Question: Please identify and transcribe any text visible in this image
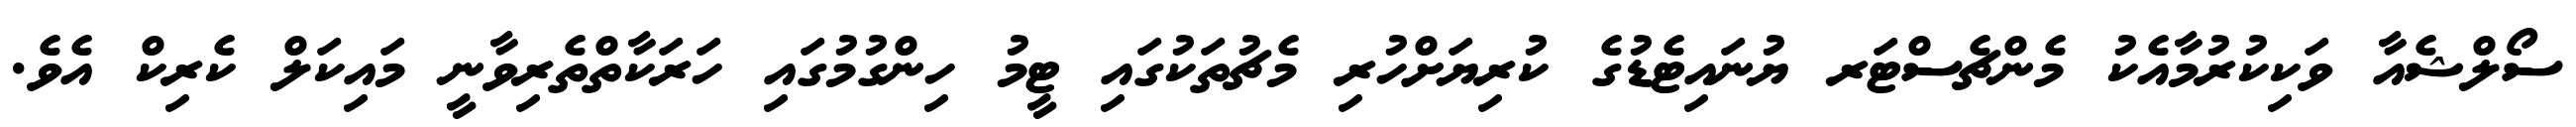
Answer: ސޯލްޝެއާ ވަކިކުރުމާއެކު މެންޗެސްޓަރ ޔުނައިޓެޑުގެ ކުރިޔަށްހުރި މެޗުތަކުގައި ޓީމު ހިންގުމުގައި ހަރަކާތްތެރިވާނީ މައިކަލް ކެރިކް އެވެ.